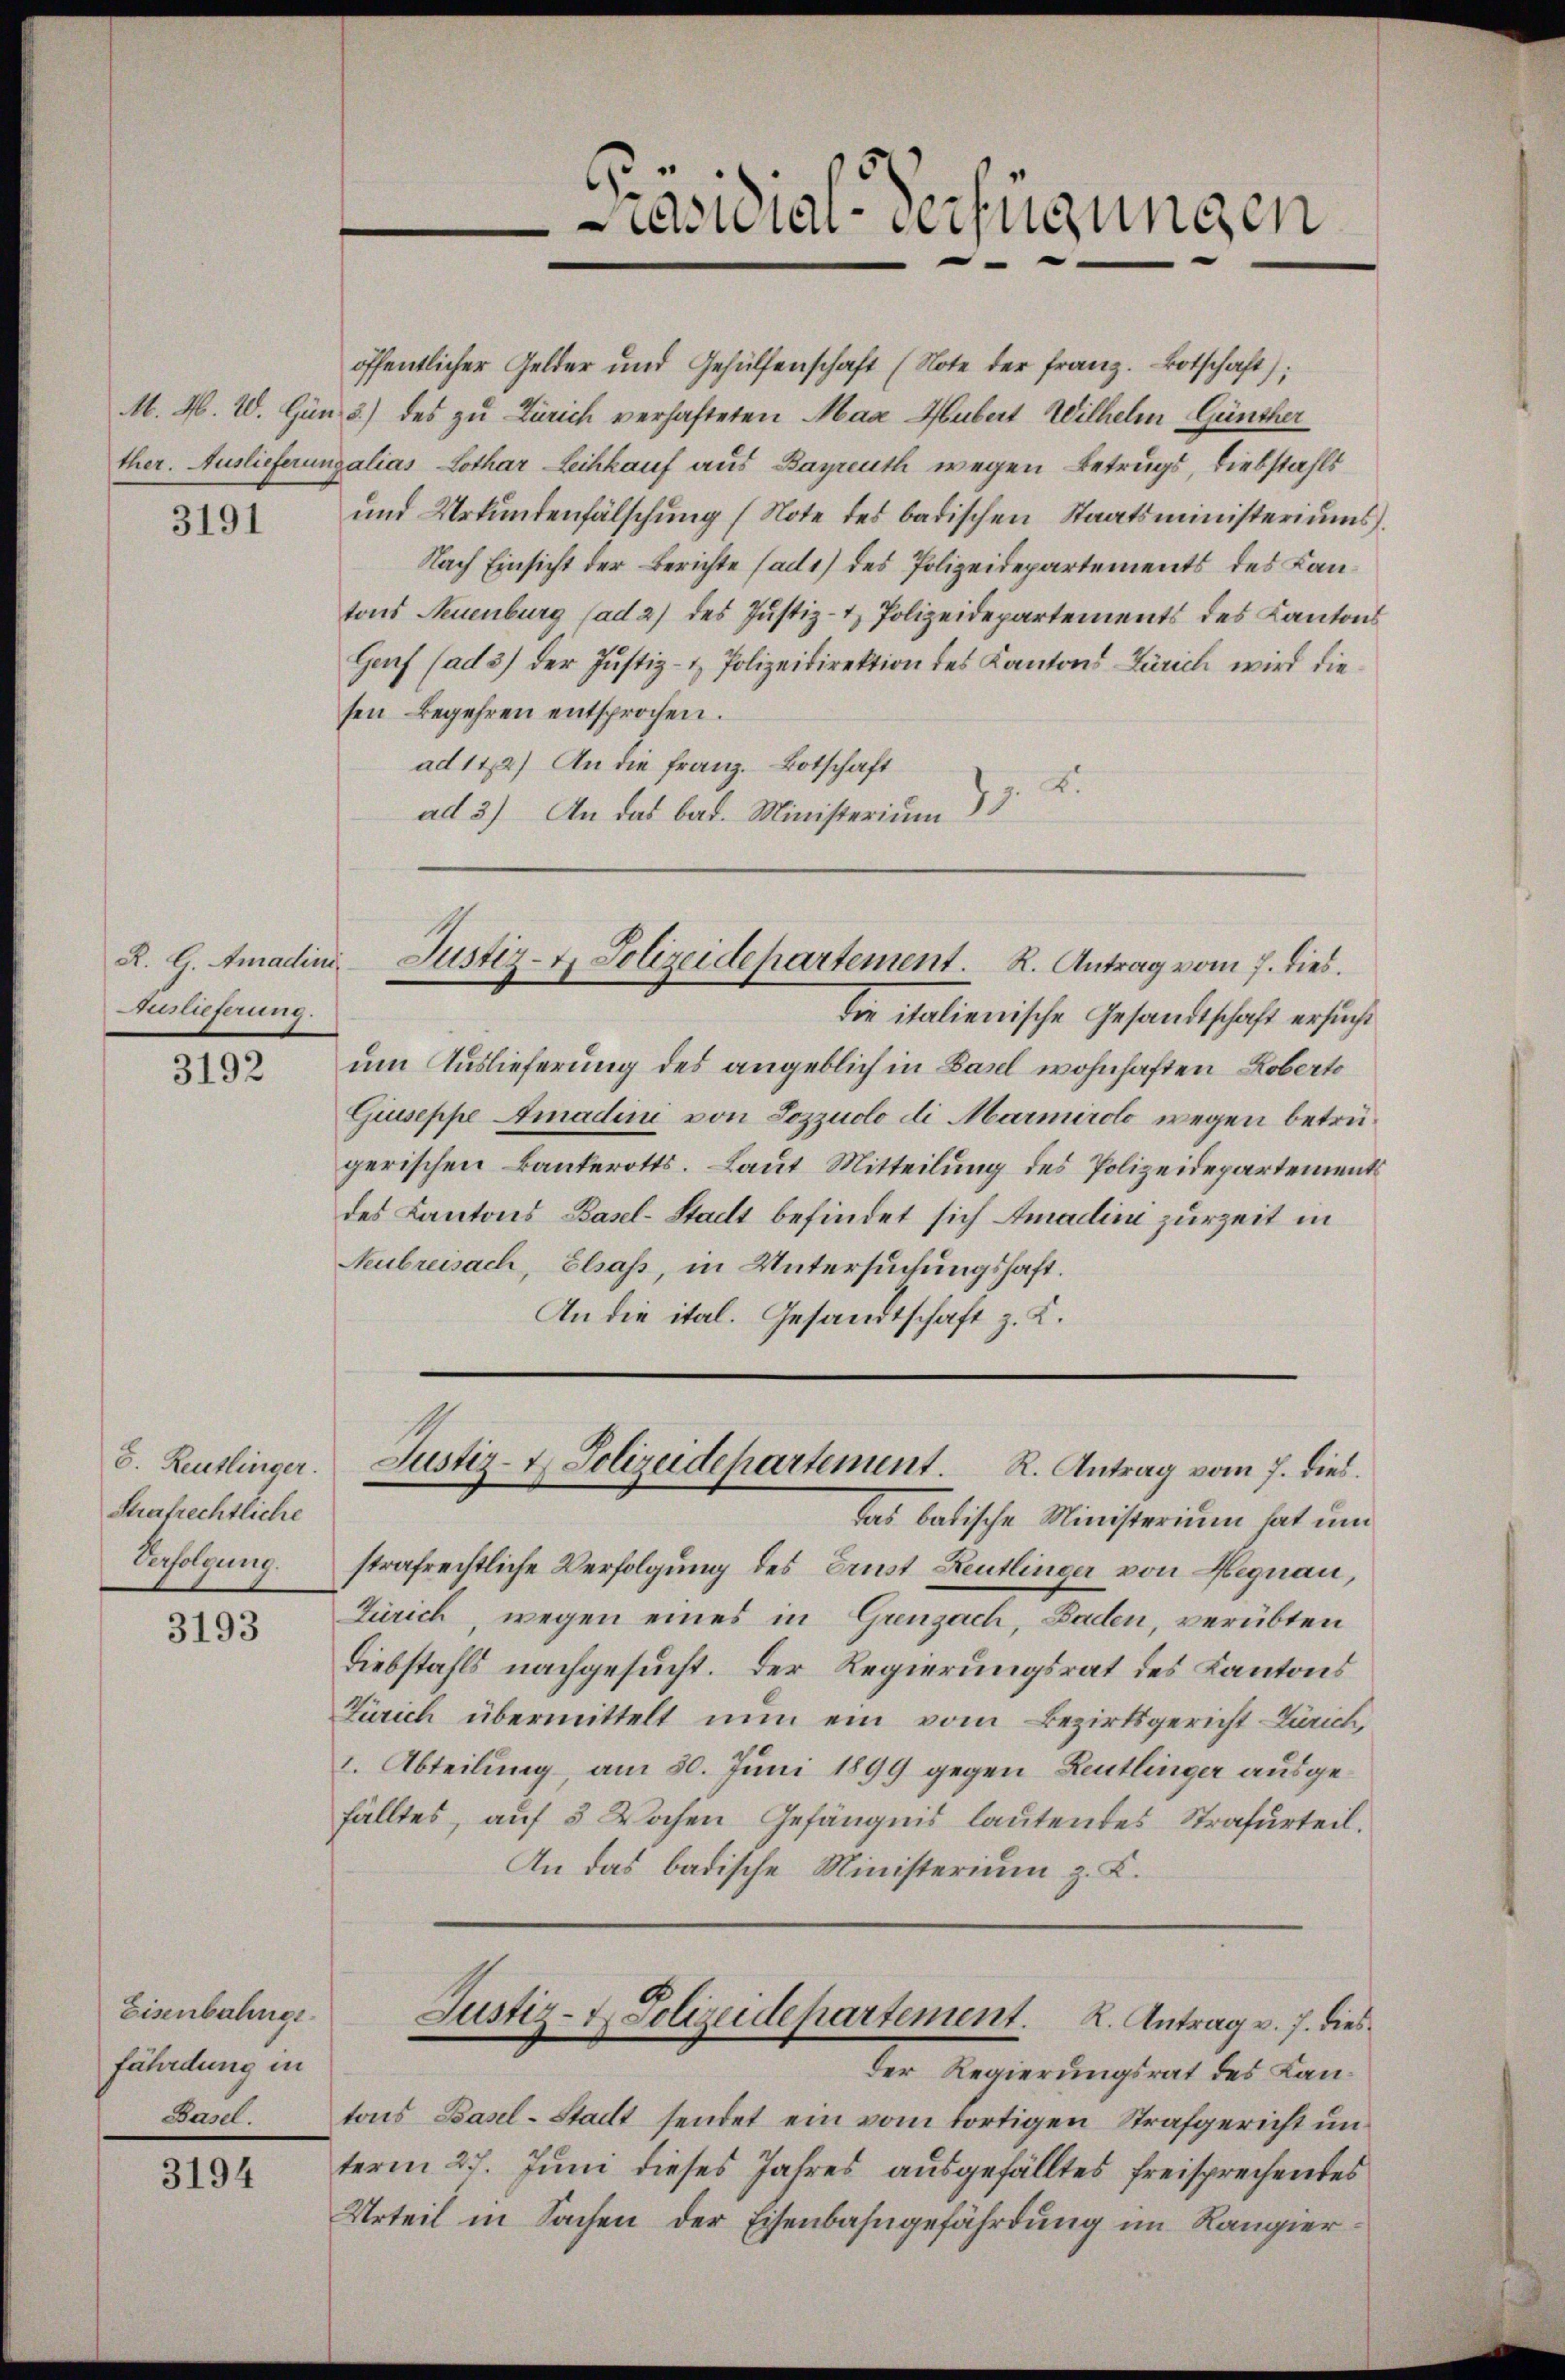
3191

Auslieferung.

3192

8. Reutlinger.
Strafrechtliche
Verfolgung.

3193

Eisenbahngr
fährdung in
Basel.

3194

öffentlicher Gelder und Gehülfenschaft (Note der franz. Botschaft);
M. M. W. Gän 3) des zu Zürich verhafteten Max Hubert Wilhelm Günther
ther. Auslieferungalias Lothar Leihkauf aus Bayreuth wegen Betrugs, Liebstahls
und Urkundenfälschung (Note des badischen Staatsministeriums.
Nach Einsicht der Berichte sadt) des Polizeidepartements des Kantons Neuenburg (ad 2) des Justiz- & Polizeidepartements des Kantons
Genf (ad 3) der Justiz- & Polizeidirektion des Kantons Zürich wird die
sen Begehren entsprochen.
ad 112) An die Franz. Botschaft
2.
ad 3) An das bat. Ministerium

die italienische Gesandtschaft ersucht
um Auslieferung des angeblich in Basel wohnhaften Robert
Giuseppe Amadini von Sozzuolo di Marmirolo wegen betrügerischen Bankerotts. Laut Mitteilung des Polizeidepartements
des Kantons Basel-Stadt befindet sich Amadin zurZeit in
Neubreisach, Elsass, in Untersuchungshaft.
An die ital. Gesandtschaft z. K.

R. G. Amadin Justiz- & Polizeidepartement. R. Antrag vom 7. dies.

Präsidial-Verfügungen

das batische Ministerium hat um
strafrechtliche Verfolgung des Brust Reutlinger von Hegnau,
Zürich, wegen eines in Grenzach, Baden, verübten
Diebstahls nachgesucht. Der Regierungsrat des Kantons
Zürich übermittelt nun ein vom Bezirksgericht Zürich,
I. Abteilung, am 30. Juni 1899 gegen Leutlinger ausgefälltes, auf 3 Wochen Gefängnis lautendes Strafurteil.
An das badische Ministerium z. K.
Justiz- & Polizeidepartement. K. Antrag v. J. dies
der Regierdings mit des Lan
tons Basel-Stadt sendet ein vom fortigen Strafgericht unterm 27. Juni dieses Jahres ausgefälltes freisprechentes
Urteil in Sachen der Eisenbahngefährdung im Rangier¬

Justiz- & Polizeidepartement. R. Antrag vom 7. dies